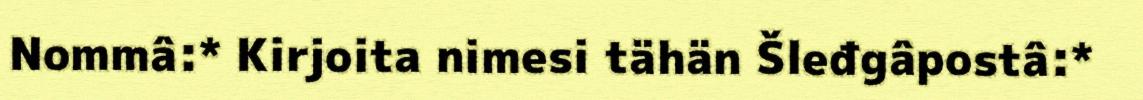
Nommâ:* Kirjoita nimesi tähän Šleđgâpostâ:*